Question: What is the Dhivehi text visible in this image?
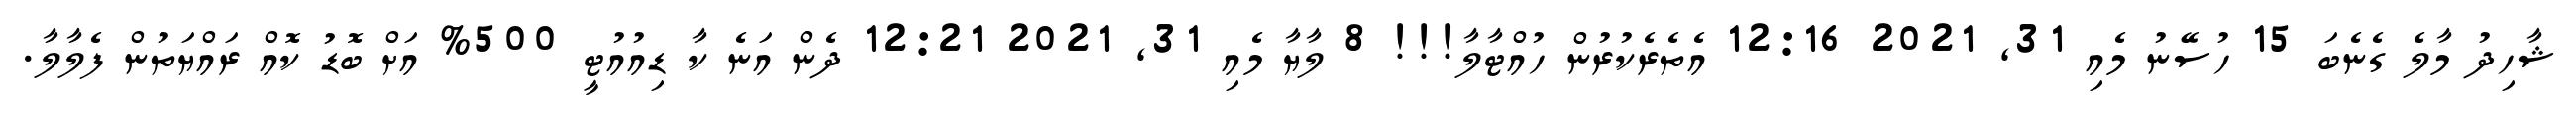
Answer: ޝާހިދު މާލެ ގެނެބަ 15 ހުސޭނު މެއި 31, 2021 12:16 އެތެރެކުރުން ހުއްޓާލާ!!! 8 ލާޔާ މެއި 31, 2021 12:21 ދެން އަނެ ކާ ޑިއުއުޓީ 500% އަށް ބޮޑު ކޮއް ރައްޔަތުން ފެލާލާ.